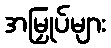
အမြှုပ်များ